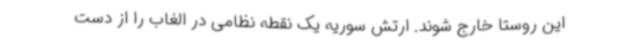
این روستا خارج شوند. ارتش سوریه یک نقطه نظامی در الغاب را از دست